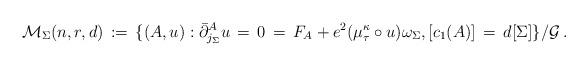
LaTeX: \begin{align*}\mathcal{M}_\Sigma(n,r,d)\,:=\, \{ (A,u): \bar \partial^A_{j_\Sigma} u\,=\,0\,=\,F_A +e^2 (\mu_\tau^\kappa \circ u) \omega_\Sigma, [c_1(A)]\,=\,d[\Sigma] \}/\mathcal{G}\, .\end{align*}